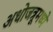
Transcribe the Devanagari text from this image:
अधोजत्रूमध्ये